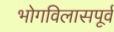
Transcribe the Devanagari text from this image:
भोगविलासपूर्व